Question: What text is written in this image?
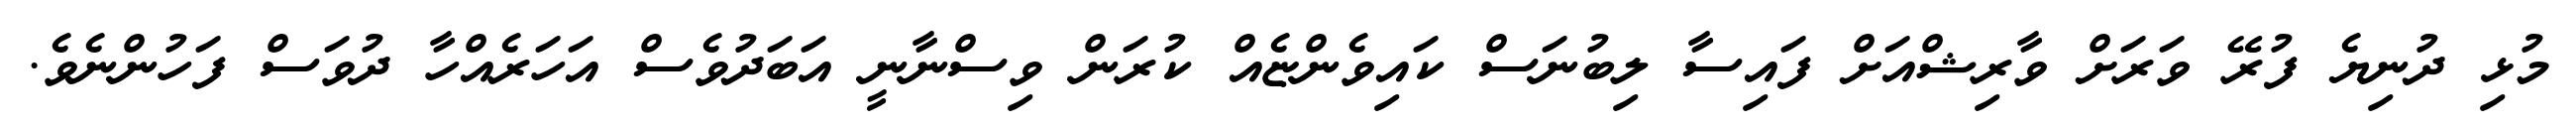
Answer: މުޅި ދުނިޔެ ފުރޭ ވަރަށް ވާރިޝްއަށް ފައިސާ ލިބުނަސް ކައިވެންޏެއް ކުރަން ވިސްނާނީ އަބަދުވެސް އަހަރެއްހާ ދުވަސް ފަހުންނެވެ.